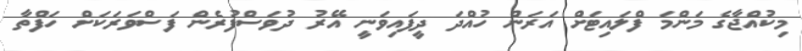
މިކުއްޖާގެ މަންމަ ފްލައިޓަށް އަރަން ހުއްދަ ދީފައިވަނީ އޭރު ދުވަސްފުރެން ފަސްވަރަކަށް ހަފްތާ